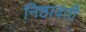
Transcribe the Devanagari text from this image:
निष्ठावती